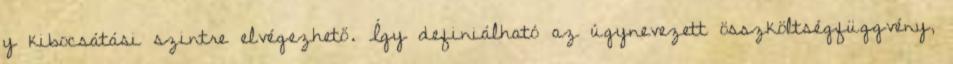
y kibocsátási szintre elvégezhető. Így definiálható az úgynevezett összköltségfüggvény,